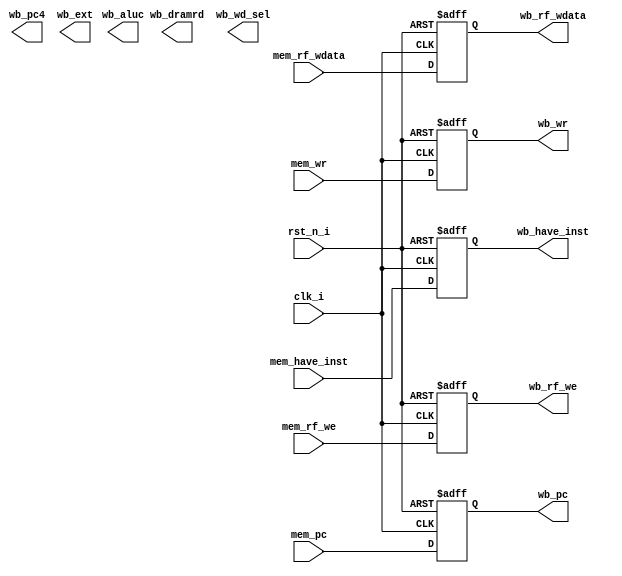
`timescale 1ns / 1ps


module reg_mem_wb(
    input               clk_i,
    input               rst_n_i,
    input               mem_rf_we,
    input               mem_have_inst,
    input       [4:0]   mem_wr,
    input       [31:0]  mem_pc,
    input       [31:0]  mem_rf_wdata,
    
    output  reg [31:0]  wb_aluc,
    output  reg [31:0]  wb_dramrd,
    output  reg [31:0]  wb_pc4,
    output  reg [31:0]  wb_ext,
    output  reg         wb_rf_we,
    output  reg [2:0]   wb_wd_sel,
    output  reg         wb_have_inst,
    output  reg [4:0]   wb_wr,
    output  reg [31:0]  wb_pc,
    output  reg [31:0]  wb_rf_wdata
    );

    // wb_rf_we
    always @ (posedge clk_i or negedge rst_n_i) begin
        if (~rst_n_i)   wb_rf_we <= 1'b0;
        else            wb_rf_we <= mem_rf_we;
    end

    // wb_have_inst
    always @ (posedge clk_i or negedge rst_n_i) begin
        if (~rst_n_i)   wb_have_inst <= 1'b0;
        else            wb_have_inst <= mem_have_inst;
    end

    // wb_wr
    always @ (posedge clk_i or negedge rst_n_i) begin
        if (~rst_n_i)   wb_wr <= 5'h0;
        else            wb_wr <= mem_wr;
    end

    // wb_pc
    always @ (posedge clk_i or negedge rst_n_i) begin
        if (~rst_n_i)   wb_pc <= 32'h0;
        else            wb_pc <= mem_pc;
    end
    
    // wb_rf_wdata
    always @ (posedge clk_i or negedge rst_n_i) begin
        if (~rst_n_i)   wb_rf_wdata <= 32'h0;
        else            wb_rf_wdata <= mem_rf_wdata;
    end
endmodule